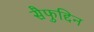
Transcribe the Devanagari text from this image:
सैफुद्दिन